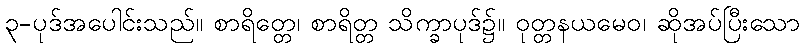
၃-ပုဒ်အပေါင်းသည်။ စာရိတ္တေ၊ စာရိတ္တ သိက္ခာပုဒ်၌။ ဝုတ္တနယမေဝ၊ ဆိုအပ်ပြီးသော